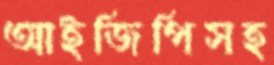
আইজিপিসহ